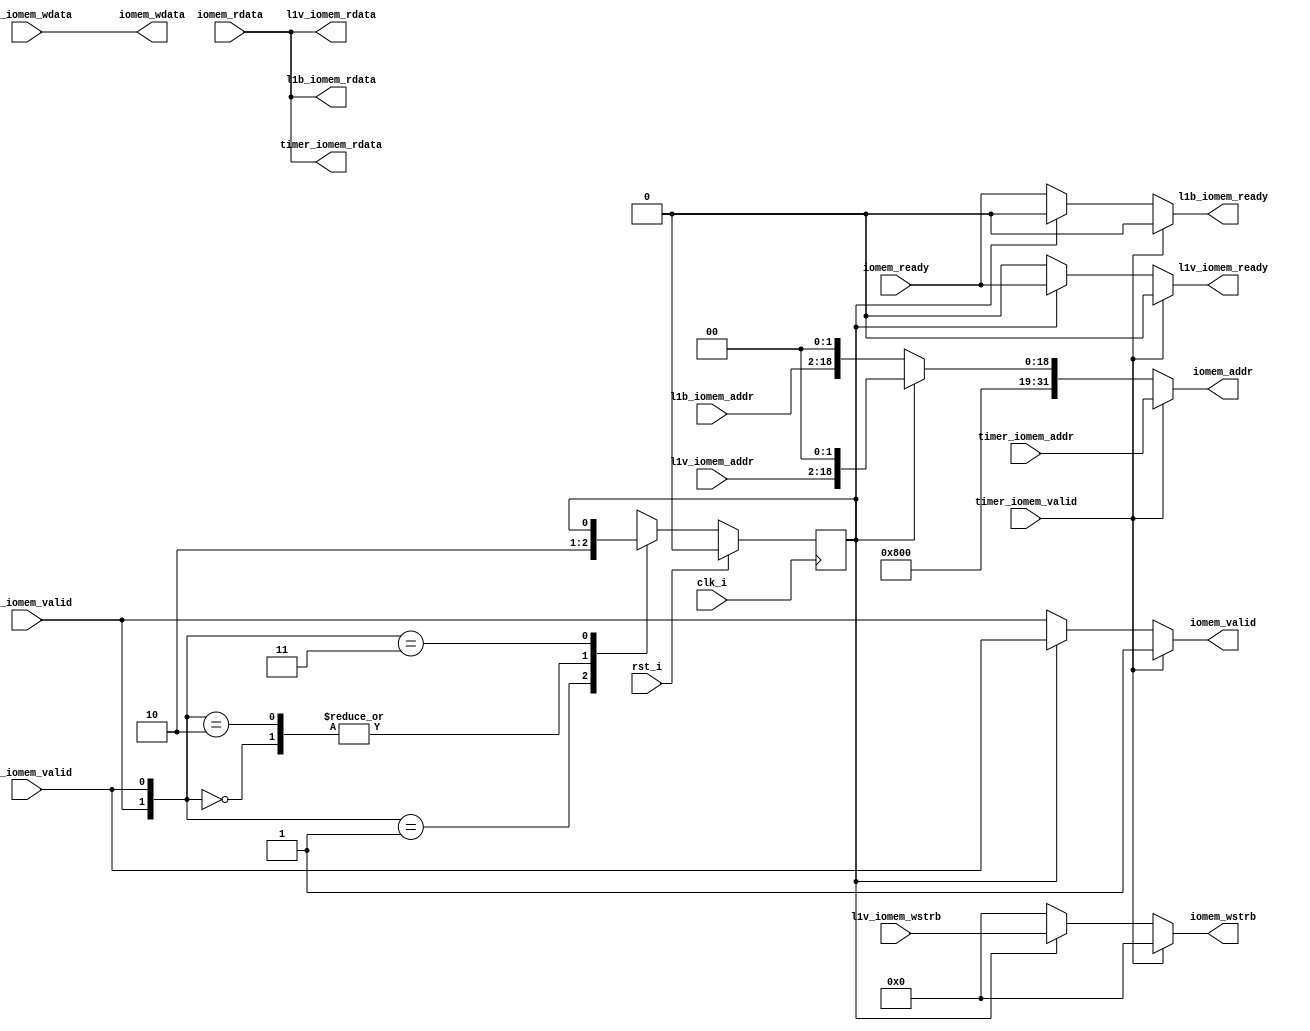
// This program was cloned from: https://github.com/KASIRGA-KIZIL/tekno-kizil
// License: GNU General Public License v3.0

// anabellek_denetleyici.v
`timescale 1ns / 1ps

`define VERI   1
`define BUYRUK 0

module anabellek_denetleyici(
   input wire clk_i,
   input wire rst_i,
   // Anabellek <-> Anabellek Denetleyici
   output wire        iomem_valid,
   input  wire        iomem_ready,
   output wire [ 3:0] iomem_wstrb,
   output wire [31:0] iomem_addr,
   output wire [31:0] iomem_wdata,
   input  wire [31:0] iomem_rdata,
   // Timer <-> Anabellek Denetleyici
   input  wire        timer_iomem_valid,
   input  wire [31:0] timer_iomem_addr,
   output wire [31:0] timer_iomem_rdata,
   // L1B <-> Anabellek Denetleyici
   input  wire        l1b_iomem_valid,
   output wire        l1b_iomem_ready,
   input  wire [18:2] l1b_iomem_addr,
   output wire [31:0] l1b_iomem_rdata,
   // L1V <-> Anabellek Denetleyici
   input  wire        l1v_iomem_valid,
   output wire        l1v_iomem_ready,
   input  wire [ 3:0] l1v_iomem_wstrb,
   input  wire [18:2] l1v_iomem_addr,
   input  wire [31:0] l1v_iomem_wdata,
   output wire [31:0] l1v_iomem_rdata
);
   reg switch;

   // SWITCH'e gore gerekli sinyallerin mux'lanmasi. Timer'in onceligi var.
   assign iomem_wstrb = timer_iomem_valid ? 4'b0 : ((switch == `VERI) ? l1v_iomem_wstrb : 4'b0);

   assign iomem_wdata = l1v_iomem_wdata;

   assign iomem_valid = timer_iomem_valid ? 1'b1 : ((switch == `BUYRUK) ? l1b_iomem_valid : l1v_iomem_valid);

   assign iomem_addr  = timer_iomem_valid ? timer_iomem_addr : ((switch == `BUYRUK) ? {8'h40,5'b0,l1b_iomem_addr,2'b0}   : {8'h40,5'b0,l1v_iomem_addr,2'b0} ) ;

   assign l1b_iomem_rdata   = iomem_rdata;
   assign l1v_iomem_rdata   = iomem_rdata;
   assign timer_iomem_rdata = iomem_rdata;

   assign l1b_iomem_ready = timer_iomem_valid ? 1'b0 : ((switch == `BUYRUK) ? iomem_ready : 1'b0);
   assign l1v_iomem_ready = timer_iomem_valid ? 1'b0 : ((switch == `VERI)   ? iomem_ready : 1'b0);

   always @(posedge clk_i) begin
      if(rst_i) begin
         switch <= `BUYRUK;
      end 
      else begin
         case({l1b_iomem_valid,l1v_iomem_valid}) // Switch baskasi kullanmiyor ise isteyene doner
            2'b00: switch <= `BUYRUK;
            2'b01: switch <= `VERI;
            2'b10: switch <= `BUYRUK;
            2'b11: switch <=  switch;
         endcase
      end
   end

endmodule